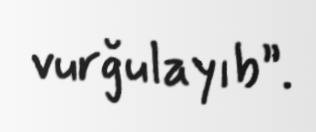
vurğulayıb”.